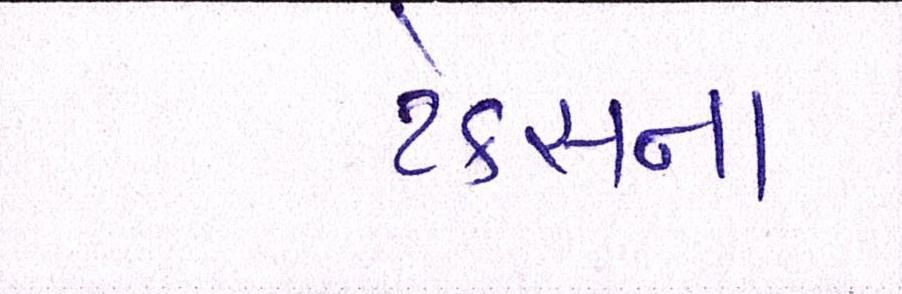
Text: ટેક્સના